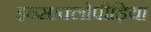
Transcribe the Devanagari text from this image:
इन्साक्लोपीड़िया